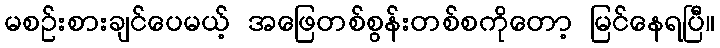
မစဉ်းစားချင်ပေမယ့် အဖြေတစ်စွန်းတစ်စကိုတော့ မြင်နေရပြီ။